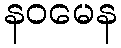
နဝမေန